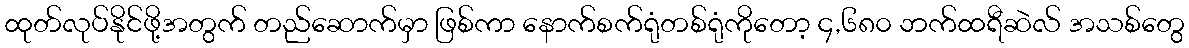
ထုတ်လုပ်နိုင်ဖို့အတွက် တည်ဆောက်မှာ ဖြစ်ကာ နောက်စက်ရုံတစ်ရုံကိုတော့ ၄,၆၈၀ ဘက်ထရီဆဲလ် အသစ်တွေ